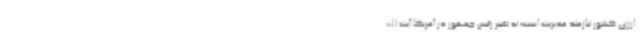
ارزی کشور نیازمند مدیریت است؛ نه تغییر رئیس جمهور در آمریکا آیت الله